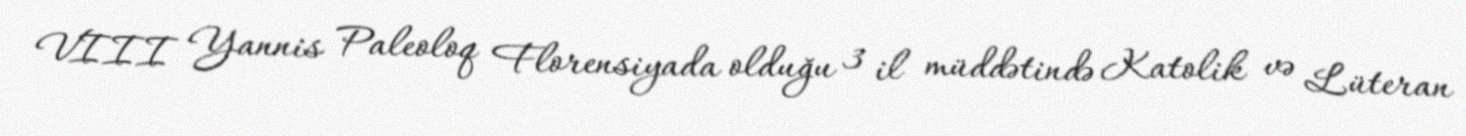
VIII Yannis Paleoloq Florensiyada olduğu 3 il müddətində Katolik və Lüteran